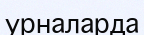
урналарда